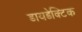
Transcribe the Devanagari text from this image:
डायडेक्टिक